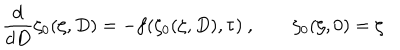
{ \frac { d } { d D } } \zeta _ { 0 } ( \zeta , D ) = - f ( \zeta _ { 0 } ( \zeta , D ) , \tau ) \ , \qquad \zeta _ { 0 } ( \zeta , 0 ) = \zeta